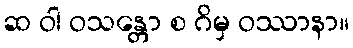
ဆ ဝါ ဝသန္တော စ ဂိမှ ဝဿာနာ။